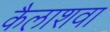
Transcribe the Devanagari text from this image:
कैलाशवा